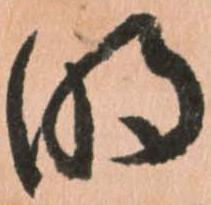
明